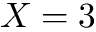
X = 3